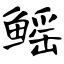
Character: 鳐